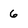
Character: 6